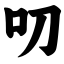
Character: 叨